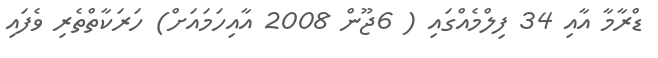
ޑްރާމާ އާއި 34 ފިލްމެއްގައި ( 6ޖޫން 2008 އާއިހަމައަށް) ހަރަކާތްތެރި ވެފައި